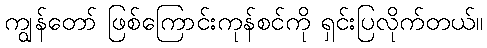
ကျွန်တော် ဖြစ်ကြောင်းကုန်စင်ကို ရှင်းပြလိုက်တယ်။